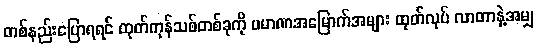
တစ်နည်းပြောရရင် ထုတ်ကုန်သစ်တစ်ခုကို ပမာဏအမြောက်အများ ထုတ်လုပ် လာတာနဲ့အမျှ